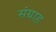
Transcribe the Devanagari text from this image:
संग्राह